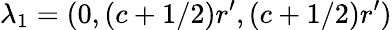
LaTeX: \lambda_{1}=(0,(c+1/2)r^{\prime},(c+1/2)r^{\prime})